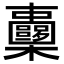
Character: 𣡏